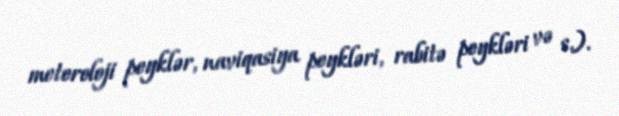
meteroloji peyklər, naviqasiya peykləri, rabitə peykləri və s.).